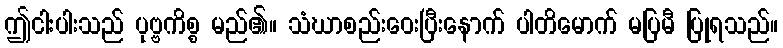
ဤငါးပါးသည် ပုဗ္ဗကိစ္စ မည်၏။ သံဃာစည်းဝေးပြီးနောက် ပါတိမောက် မပြမီ ပြုရသည်။